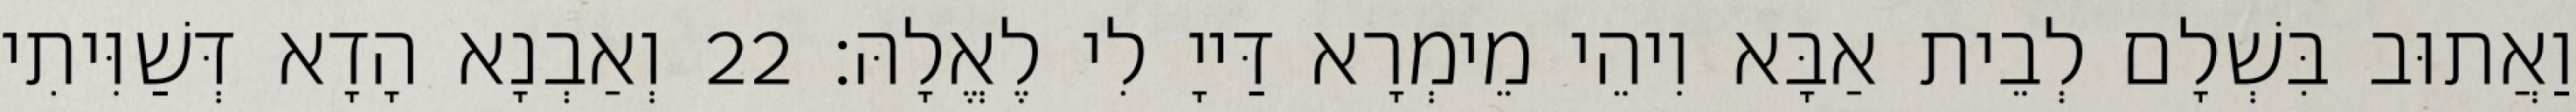
וַאֲתוּב בִּשְׁלָם לְבֵית אַבָּא וִיהֵי מֵימְרָא דַּייָ לִי לֶאֱלָהּ׃ 22 וְאַבְנָא הָדָא דְּשַׁוִּיתִי